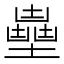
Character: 𡒽